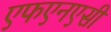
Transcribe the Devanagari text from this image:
एफएनएसी